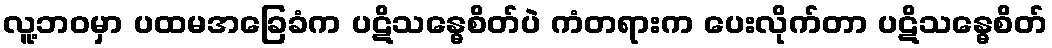
လူ့ဘဝမှာ ပထမအခြေခံက ပဋိသန္ဓေစိတ်ပဲ ကံတရားက ပေးလိုက်တာ ပဋိသန္ဓေစိတ်